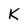
Character: K